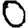
Digit: 0